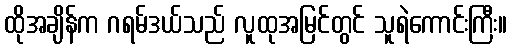
ထိုအချိန်က ဂရမ်ဒယ်သည် လူထုအမြင်တွင် သူရဲကောင်းကြီး။